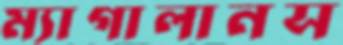
ম্যাগালানস